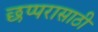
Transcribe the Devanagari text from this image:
छप्परासाठी